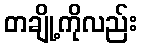
တချို့ကိုလည်း